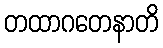
တထာဂတေနာတိ